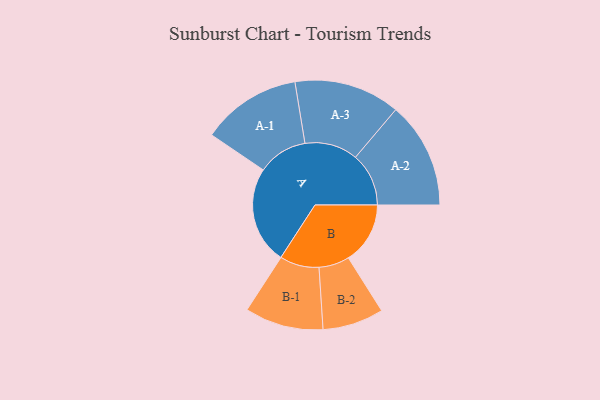
{"axis": {"x": "Segment", "y": "Value"}, "legend": ["", "A", "B"], "data": [{"x": "A", "y": 434, "type": ""}, {"x": "B", "y": 275, "type": ""}, {"x": "A-1", "y": 222, "type": "A"}, {"x": "A-2", "y": 237, "type": "A"}, {"x": "A-3", "y": 236, "type": "A"}, {"x": "B-1", "y": 175, "type": "B"}, {"x": "B-2", "y": 136, "type": "B"}]}